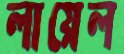
লায়েল